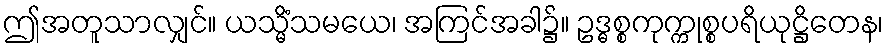
ဤအတူသာလျှင်။ ယသ္မိံသမယေ၊ အကြင်အခါ၌။ ဥဒ္ဓစ္စကုက္ကုစ္စပရိယုဋ္ဌိတေန၊